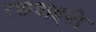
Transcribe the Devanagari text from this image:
रक्तवाहनी